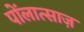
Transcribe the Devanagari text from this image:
पोंलात्साज़